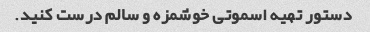
دستور تهیه اسموتی خوشمزه و سالم درست کنید.